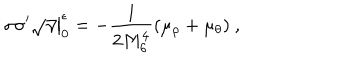
LaTeX: \sigma \sigma ^ { \prime } \sqrt { \gamma } \big | _ { 0 } ^ { \epsilon } = - \frac { 1 } { 2 M _ { 6 } ^ { 4 } } ( \mu _ { \rho } + \mu _ { \theta } ) ~ ,